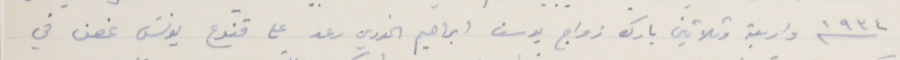
سنة ١٩٣٤ واربعة وثلاثين بارك زواج يوسف ابراهيم الخوري رعد على قنوع يونسَ غصن في